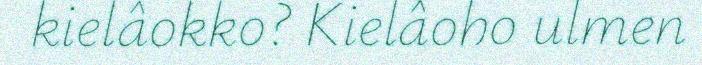
kielâokko? Kielâoho ulmen